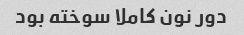
دور نون کاملا سوخته بود